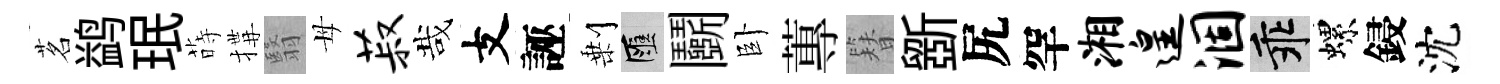
茗鹢珉蒔搆翳母菽哉支誣剰匯鬬卧蓴簪斵尻罕湘遑涸乖螺鋟沈